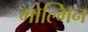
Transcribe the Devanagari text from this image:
गोल्मिन